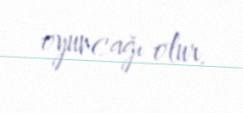
oyuncağı olur.